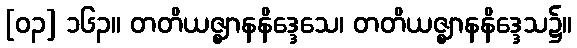
[၀၃] ၁၆၃။ တတိယဇ္ဈာနနိဒ္ဒေသေ၊ တတိယဇ္ဈာနနိဒ္ဒေသ၌။